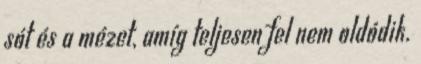
sót és a mézet, amíg teljesen fel nem oldódik.